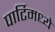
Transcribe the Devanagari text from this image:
पार्टिमध्ये